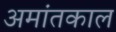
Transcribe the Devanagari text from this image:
अमांतकाल